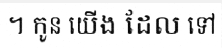
។ កូន យើង ដែល ទៅ